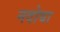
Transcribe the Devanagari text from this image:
नदोया